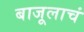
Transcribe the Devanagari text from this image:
बाजूलाचं